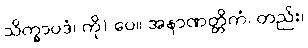
သိက္ခာပဒံ၊ ကို) ပေ။ အနာဏတ္တိကံ၊ တည်း၊